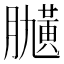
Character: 𦡽